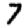
Digit: 7